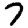
Digit: 7